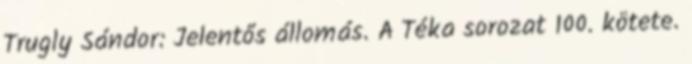
Trugly Sándor: Jelentős állomás. A Téka sorozat 100. kötete.